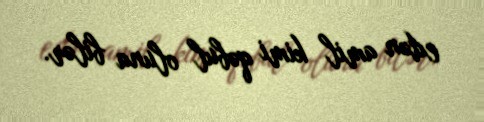
edən amil kimi qəbul oluna bilər.